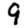
Digit: 9